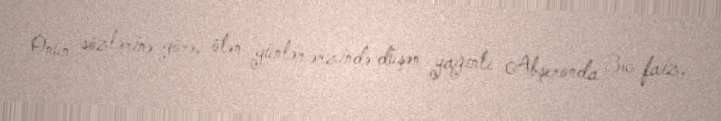
Onun sözlərinə görə, ötən günlər ərzində düşən yağıntı Abşeronda 36 faiz,